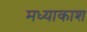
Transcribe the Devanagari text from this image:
मध्याकाश